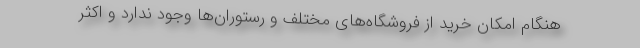
هنگام امکان خرید از فروشگاه‌های مختلف و رستوران‌ها وجود ندارد و اکثر